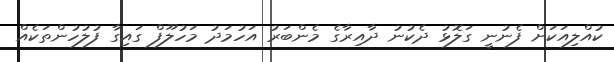
ކުއްލިއަކަށް ފެނުނީ ގަލޮޅު ދެކުނު ދާއިރާގެ މެންބަރު އަހުމަދު މަހުލޫފް ގައިގާ ފުލުހުންތަކެއް